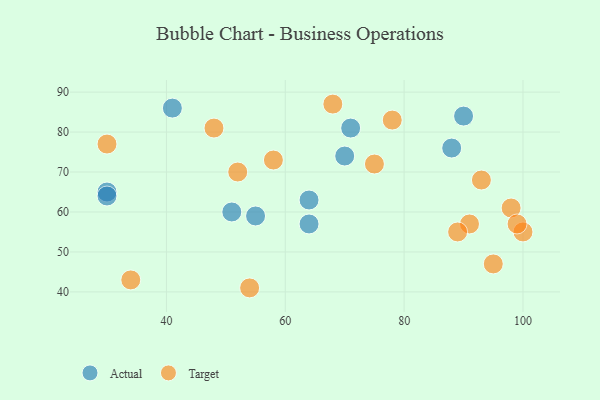
{"axis": {"x": "GDP", "y": "Life Expectancy"}, "legend": ["Actual", "Target"], "data": [{"x": "30", "y": 65, "type": "Actual"}, {"x": "30", "y": 64, "type": "Actual"}, {"x": "51", "y": 60, "type": "Actual"}, {"x": "41", "y": 86, "type": "Actual"}, {"x": "55", "y": 59, "type": "Actual"}, {"x": "71", "y": 81, "type": "Actual"}, {"x": "64", "y": 57, "type": "Actual"}, {"x": "64", "y": 63, "type": "Actual"}, {"x": "88", "y": 76, "type": "Actual"}, {"x": "70", "y": 74, "type": "Actual"}, {"x": "90", "y": 84, "type": "Actual"}, {"x": "68", "y": 87, "type": "Target"}, {"x": "54", "y": 41, "type": "Target"}, {"x": "34", "y": 43, "type": "Target"}, {"x": "93", "y": 68, "type": "Target"}, {"x": "78", "y": 83, "type": "Target"}, {"x": "100", "y": 55, "type": "Target"}, {"x": "58", "y": 73, "type": "Target"}, {"x": "52", "y": 70, "type": "Target"}, {"x": "91", "y": 57, "type": "Target"}, {"x": "98", "y": 61, "type": "Target"}, {"x": "48", "y": 81, "type": "Target"}, {"x": "30", "y": 77, "type": "Target"}, {"x": "95", "y": 47, "type": "Target"}, {"x": "99", "y": 57, "type": "Target"}, {"x": "75", "y": 72, "type": "Target"}, {"x": "89", "y": 55, "type": "Target"}]}